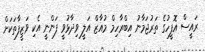
ރައީސް އޮފީހުގެ ތަރުޖަމާނު އިބްރާހިމް މުއާޒް އަލީ ވިދާޅުވީ ފަންނީ އެކި ވަޒީފާތަކަށް